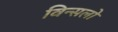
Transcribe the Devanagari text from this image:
विन्सलो